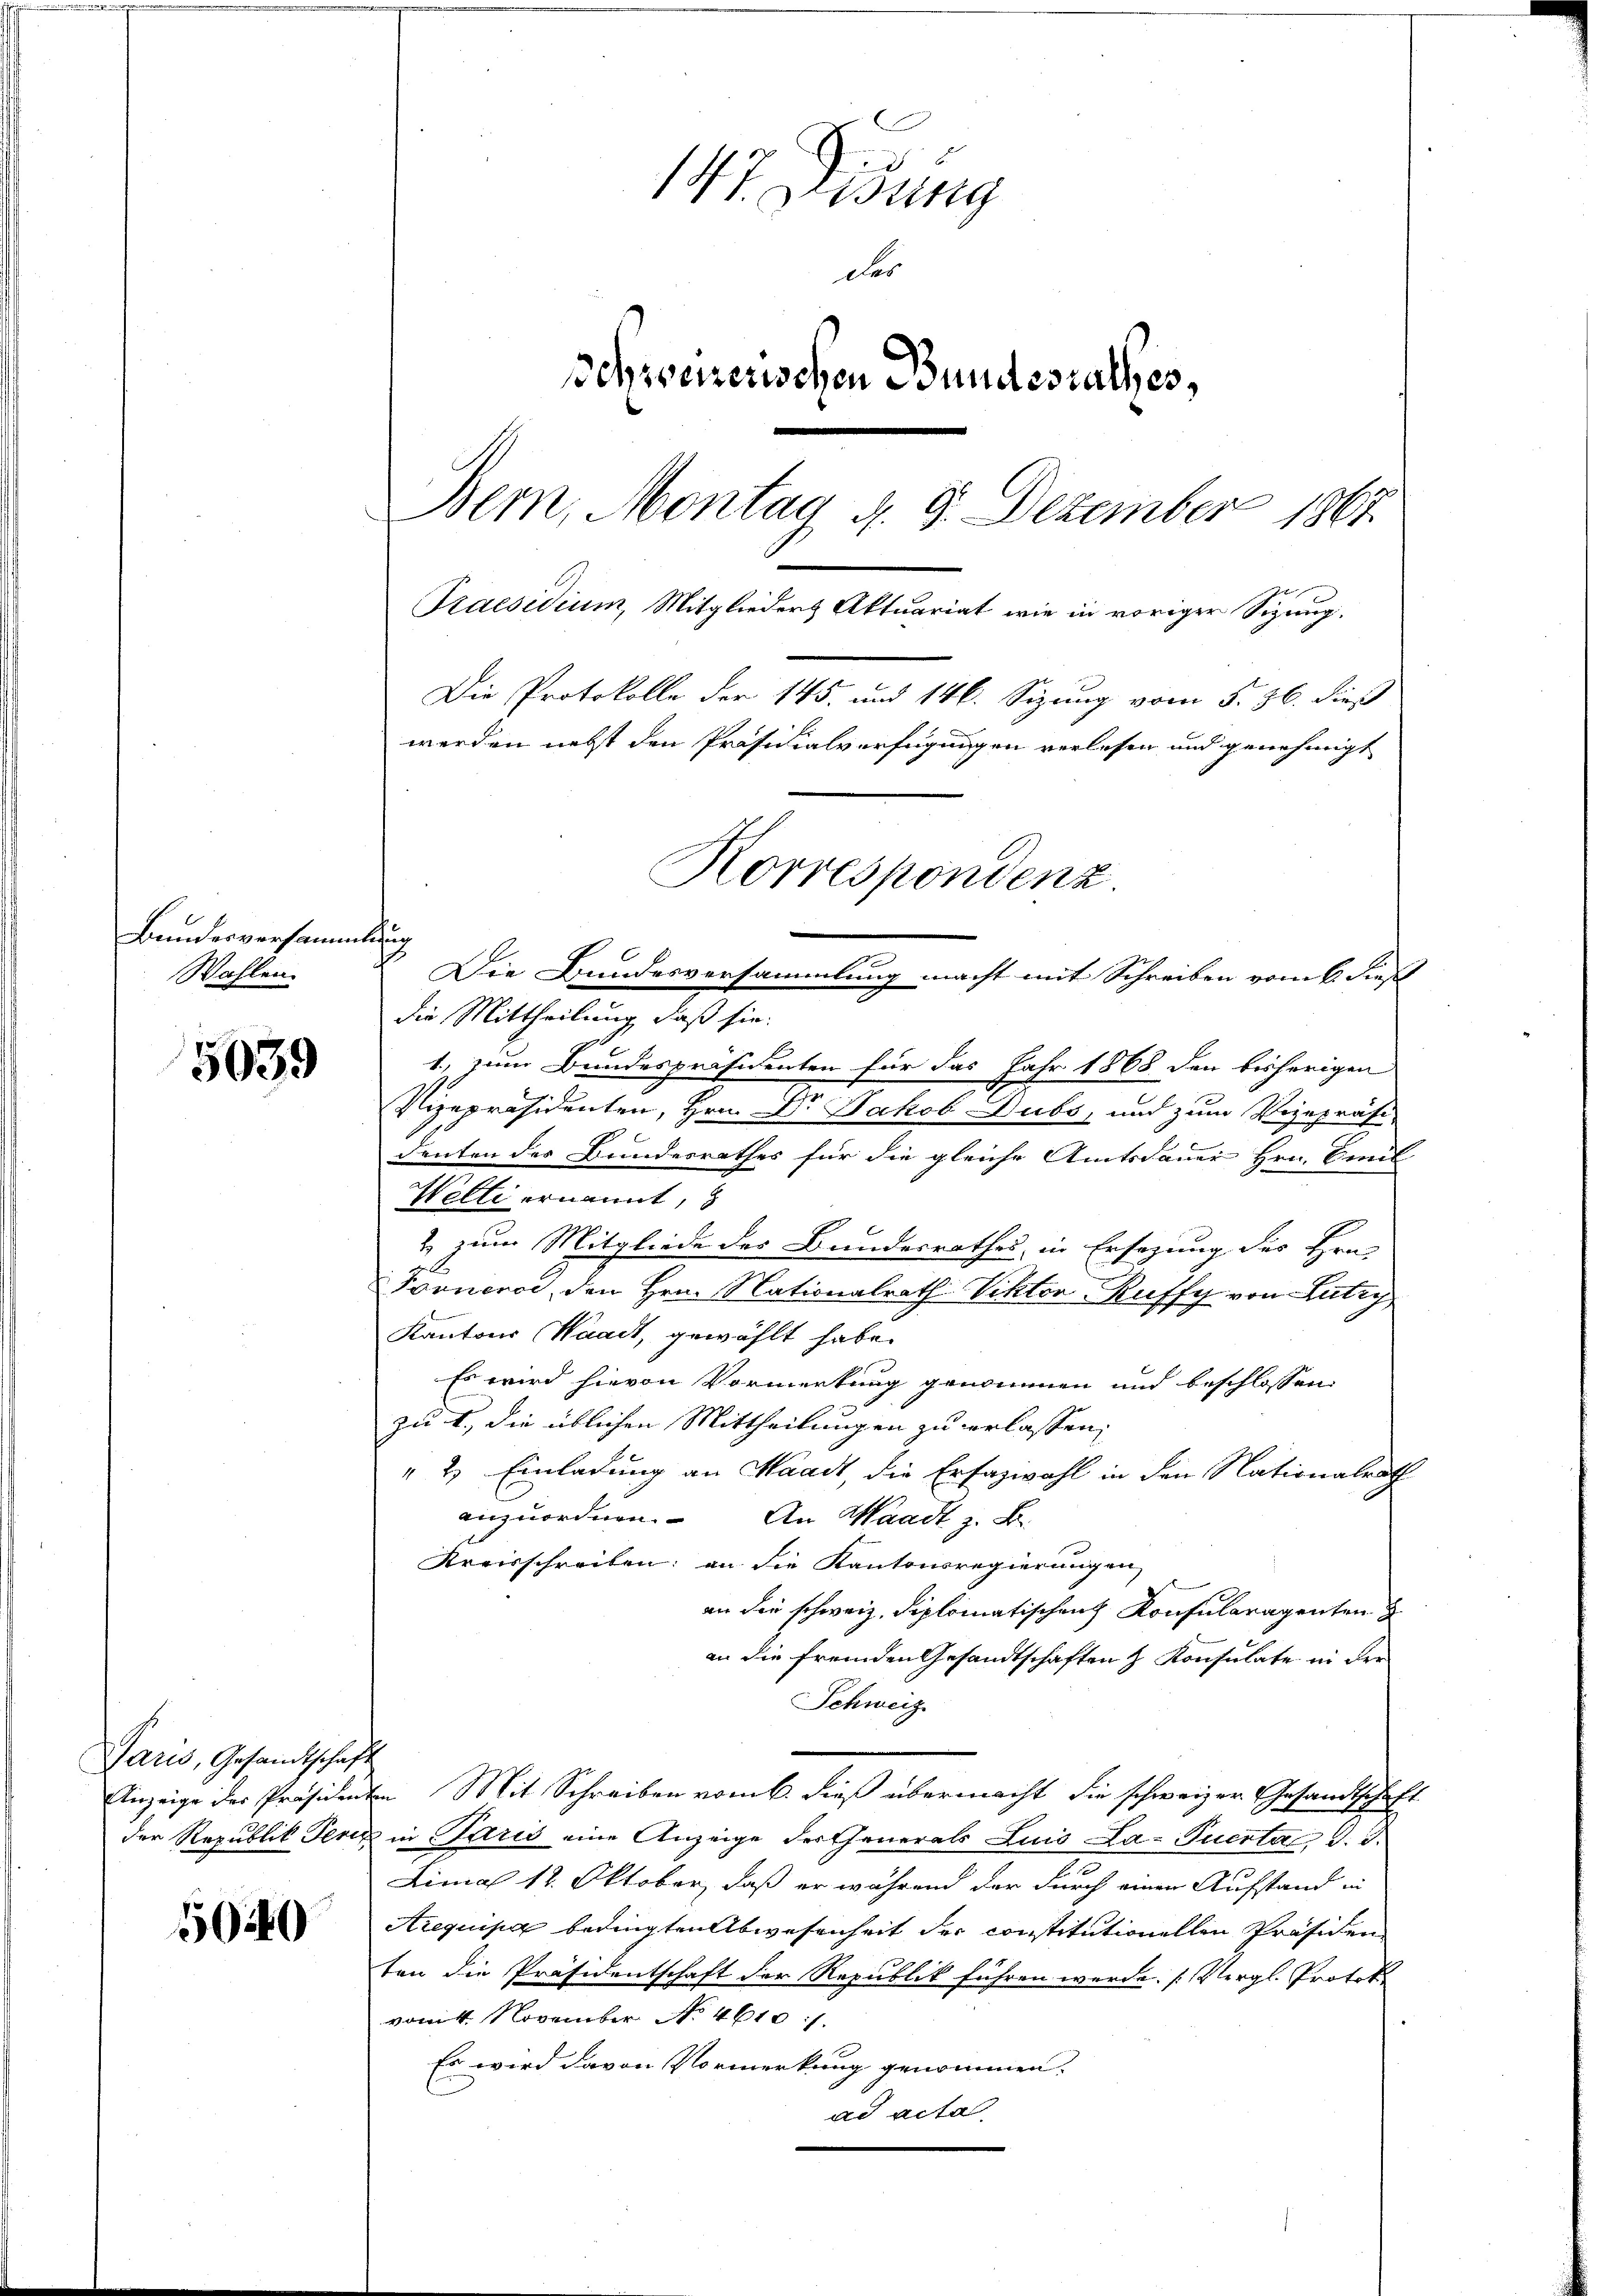
Bundesversammlung
Wahlen.

5039

Paris, Gesandtschaft

1040

147. Diebung
des
Schweizerischen Bundesrathes,
Bern, Montag d. 9. Dezember 1867.
Praesidium, Mitglieders Aktuariat wie in voriger Sizung.
Die Protokolle der 145. und 146. Sizung vom 5. 26. dieß
werden nebst den Präsidialverfügungen verlesen und genehmigt
Korrespondenz.

n
2. Die Bundesversammlung macht mit Schreiben vom 6. dieß
die Mittheilung, daß sie
1) zum Bundespräsidenten für das Jahr 1868 den bisherigen
Vizepräsidenten, Hrn. Dr. Jakob Dubs, und zum Vizepräsi
denten des Bundesrathes für die gleiche Amtsdauer Hrn. Senil
Welti ernannt,
2 zum Mitgliede des Bundesrathes, in Ersetzung des Hrn.
.
Fornenor, den Hrn. Nationalrath Viktor Ruffy von Lutry
Kantons Waadt, gewählt habe.
Es wird hievon Vormerkung genommen und beschlossen
zu 1., die üblichen Mittheilungen zu erlassen,
" 2 Einladung an Waadt, die Erfazwahl in den Nationalrath
anzuordnen. An Waadt z. B.
Kreisschreiben; an die Kantonsregierungen
g
an die schweiz. diplomatischen Konsularagenten
an die fremden Gesandtschaften & Konsulate in der
Schweiz
Anzeige des Präsidenten Mit Schreiben vom 6. dieß übermacht die schweizer Gesandtschaft
der Republik Periz in Paris eine Anzeige der Generals Luis La-Pucrtae d. J.
Limal 12. Oktober, daß er während der durch einen Aufstand in
Arequisia bedingten Abwesenheit der constitutionellen Präsiden
ten die Präsidentschaft der Republik führen werde. (Vergl. Protok
vom 4. November No. 4610.
Es wird davon Vormerkung genommen.
ad acta